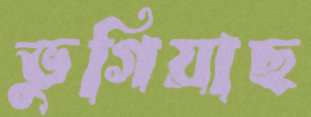
ভুগিয়াছ